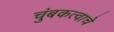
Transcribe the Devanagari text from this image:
चुंबकत्वाचे